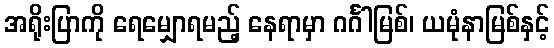
အရိုးပြာကို ရေမျှောရမည့် နေရာမှာ ဂင်္ဂါမြစ်၊ ယမုံနာမြစ်နှင့်